38_143685_box7_Incident_Summaries_1-100
Agency: Department of War
Page 148
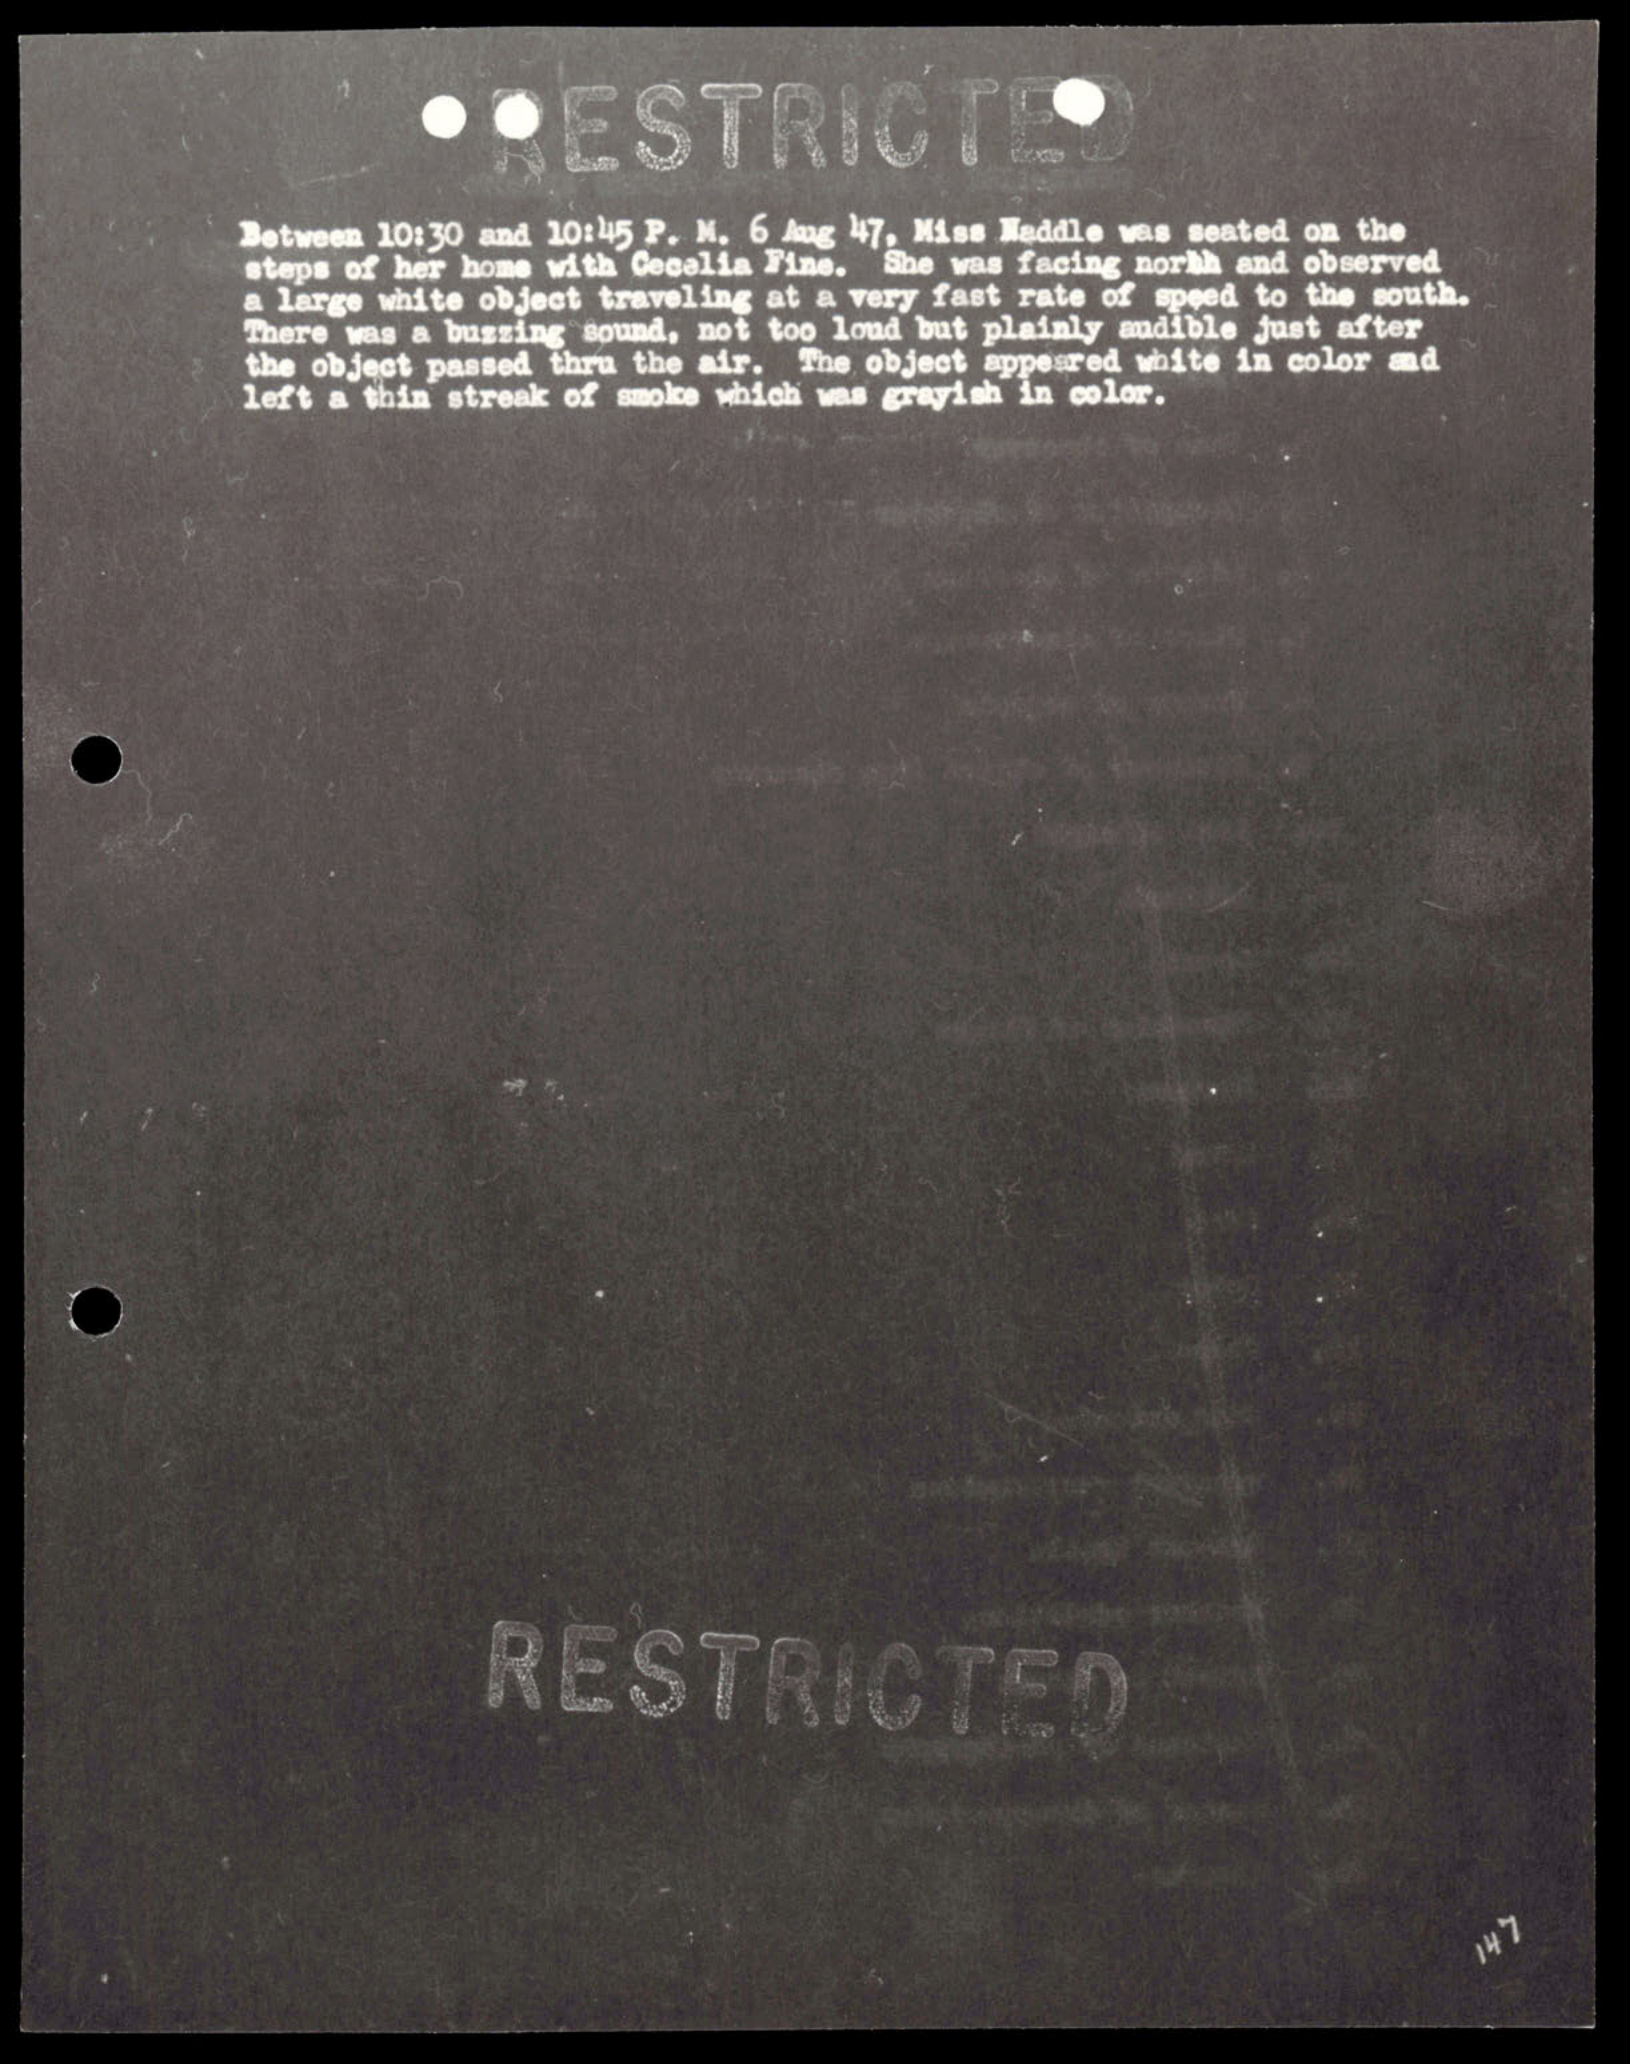